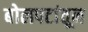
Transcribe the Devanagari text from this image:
बोलपटांतून